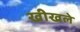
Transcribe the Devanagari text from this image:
खीखले